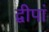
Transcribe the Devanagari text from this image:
द्वीपां